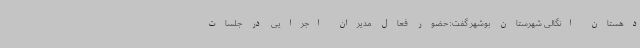
دهستان انگالی شهرستان بوشهر گفت: حضور فعال مدیران اجرایی در جلسات